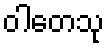
ဝါတေသု